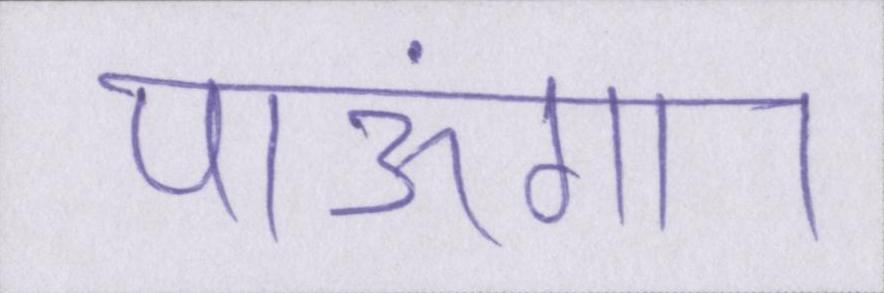
पाऊंगा।